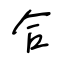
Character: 合